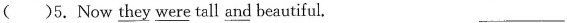
( )5.Now \underline{they} \underline{were} tall \underline{and} beautiful。 ___